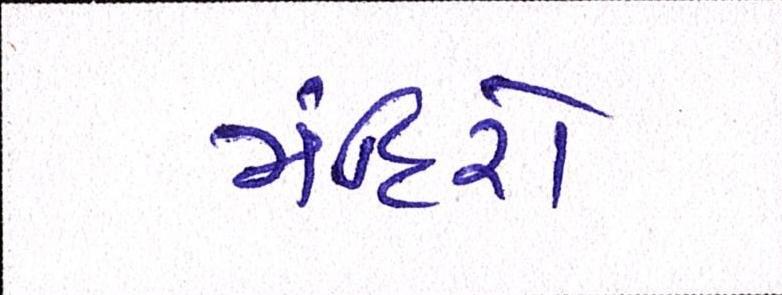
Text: મંદિરો